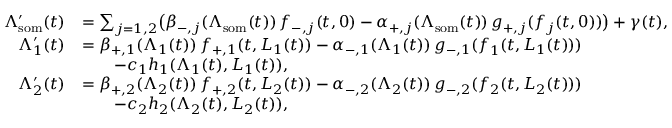
\begin{array} { r l } { \Lambda _ { \mathrm { s o m } } ^ { \prime } ( t ) } & { = \sum _ { j = 1 , 2 } \bigl ( \beta _ { - , j } ( \Lambda _ { \mathrm { s o m } } ( t ) ) \, f _ { - , j } ( t , 0 ) - \alpha _ { + , j } ( \Lambda _ { \mathrm { s o m } } ( t ) ) \, g _ { + , j } ( \boldsymbol { f } _ { j } ( t , 0 ) ) \bigr ) + \gamma ( t ) , } \\ { \Lambda _ { 1 } ^ { \prime } ( t ) } & { = \beta _ { + , 1 } ( \Lambda _ { 1 } ( t ) ) \, f _ { + , 1 } ( t , L _ { 1 } ( t ) ) - \alpha _ { - , 1 } ( \Lambda _ { 1 } ( t ) ) \, g _ { - , 1 } ( \boldsymbol { f } _ { 1 } ( t , L _ { 1 } ( t ) ) ) } \\ & { \qquad - c _ { 1 } h _ { 1 } ( \Lambda _ { 1 } ( t ) , L _ { 1 } ( t ) ) , } \\ { \Lambda _ { 2 } ^ { \prime } ( t ) } & { = \beta _ { + , 2 } ( \Lambda _ { 2 } ( t ) ) \, f _ { + , 2 } ( t , L _ { 2 } ( t ) ) - \alpha _ { - , 2 } ( \Lambda _ { 2 } ( t ) ) \, g _ { - , 2 } ( \boldsymbol { f } _ { 2 } ( t , L _ { 2 } ( t ) ) ) } \\ & { \qquad - c _ { 2 } h _ { 2 } ( \Lambda _ { 2 } ( t ) , L _ { 2 } ( t ) ) , } \end{array}